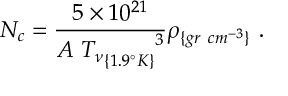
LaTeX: N _ { c } = \frac { 5 \times 1 0 ^ { 2 1 } } { A ~ { { T _ { \nu } } _ { \{ 1 . 9 ^ { \circ } K \} } } ^ { 3 } } \rho _ { \{ g r ~ c m ^ { - 3 } \} } ~ .